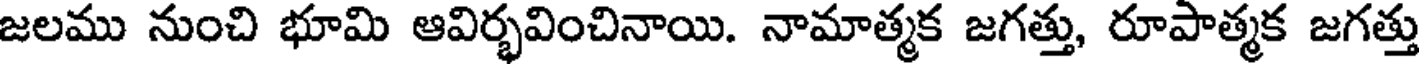
జలము నుంచి భూమి ఆవిర్భవించినాయి. నామాత్మక జగత్తు, రూపాత్మక జగత్తు